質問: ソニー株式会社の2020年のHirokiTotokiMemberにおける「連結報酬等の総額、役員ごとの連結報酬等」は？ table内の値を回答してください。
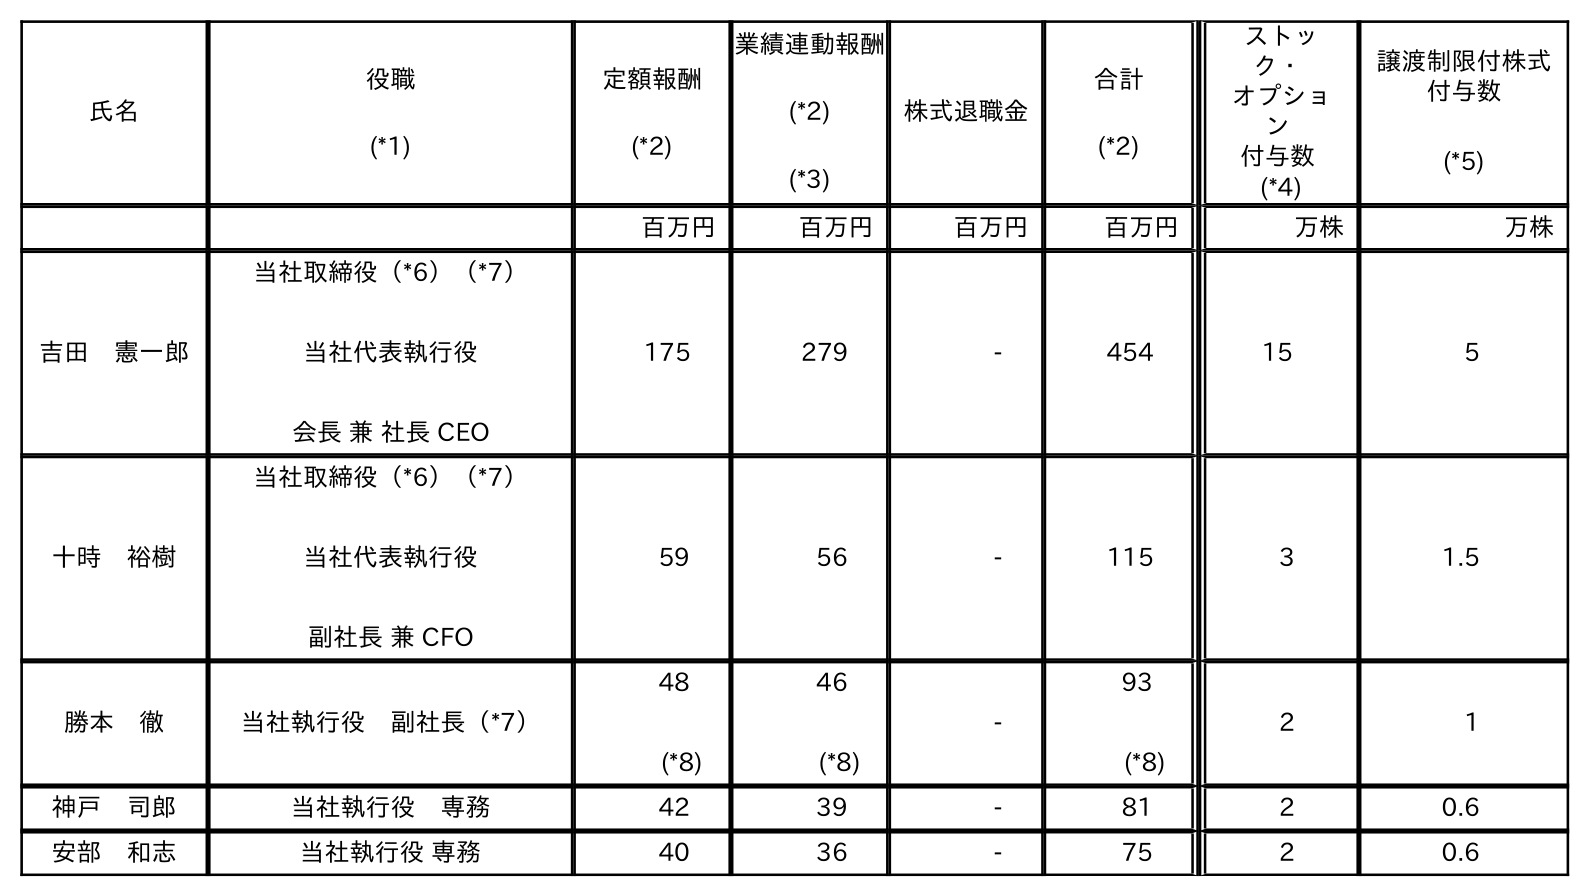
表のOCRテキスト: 氏名 役職 (*1) 定額報酬 (*2) 業績連動報酬 (*2) (*3) 株式退職金 合計 (*2) ストッ ク・ オプショ ン 付与数 (*4) 譲渡制限付株式 付与数 (*5) 百万円 百万円 百万円 百万円 万株 万株 吉田 憲一郎 当社取締役（*6）（*7） 当社代表執行役 会長 兼 社長 CEO 175 279 - 454 15 5 十時 裕樹 当社取締役（*6）（*7） 当社代表執行役 副社長 兼 CFO 59 56 - 115 3 1.5 勝本 徹 当社執行役 副社長（*7） 48 (*8) 46 (*8) - 93 (*8) 2 1 神戶 司郎 当社執行役 専務 42 39 - 81 2 0.6 安部 和志 当社執行役 専務 40 36 - 75 2 0.6
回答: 115